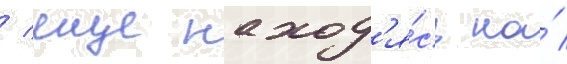
/ еще наход'я́сь на́